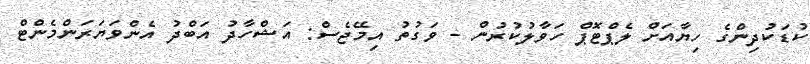
ކުޑަކުދިންގެ ހިޔާއަށް ލެޕްޓޮޕް ހަވާލުކުރުން - ވަގުތު އިމޭޖެސް: އަޝްހާދު އަބްދު އެންވަޔަރަންމެންޓް